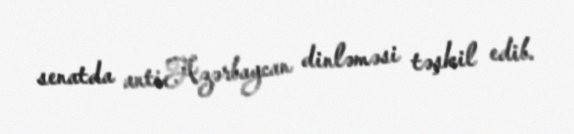
senatda antiAzərbaycan dinləməsi təşkil edib.